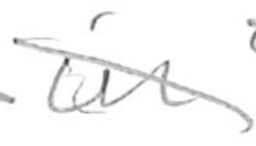
Text: in
Cross-out: diagonal
Writing tool: pencil